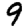
Digit: 9